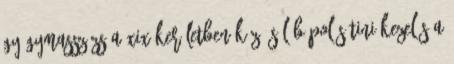
gyógymasszázs a XIX.kerületben Kéz és lábápolás Tini kezelés A